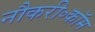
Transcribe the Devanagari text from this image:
नौकरी॰कॉम